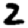
Digit: 2